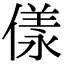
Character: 𠍵